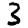
Digit: 3